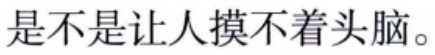
是不是让人摸不着头脑。